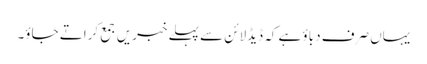
یہاں صرف دباؤ ہے کہ ڈیڈلائن سے پہلے خبریں جمع کراتے جاؤ۔